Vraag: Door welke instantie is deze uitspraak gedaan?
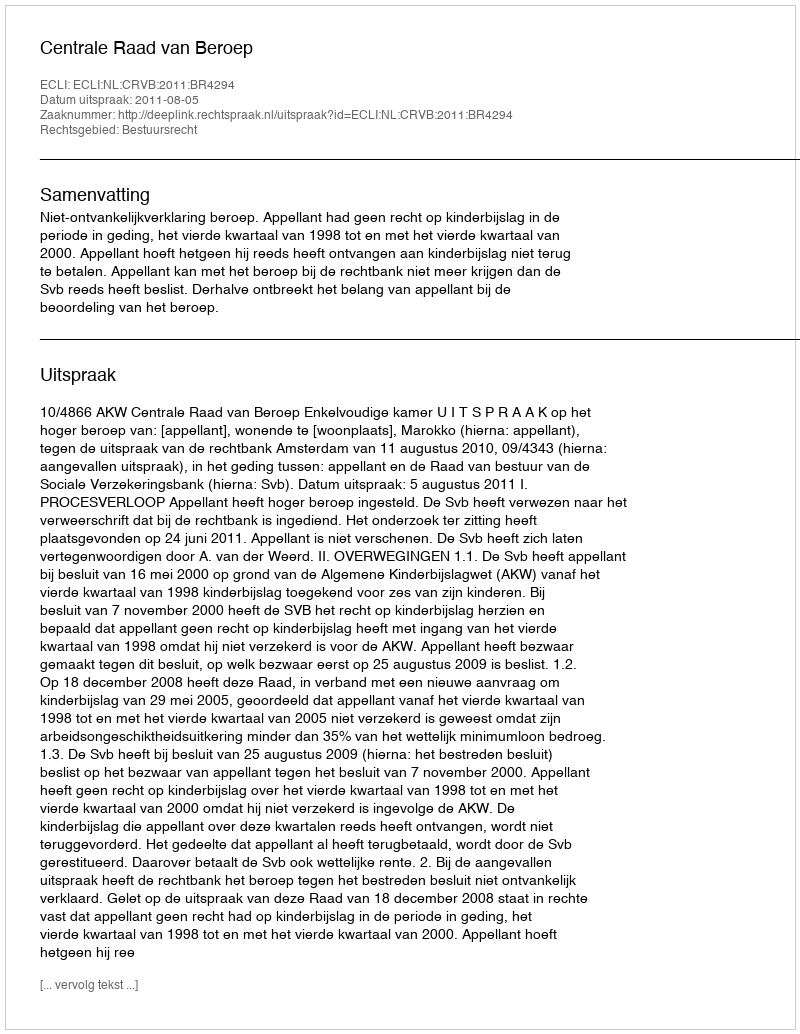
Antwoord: Centrale Raad van Beroep